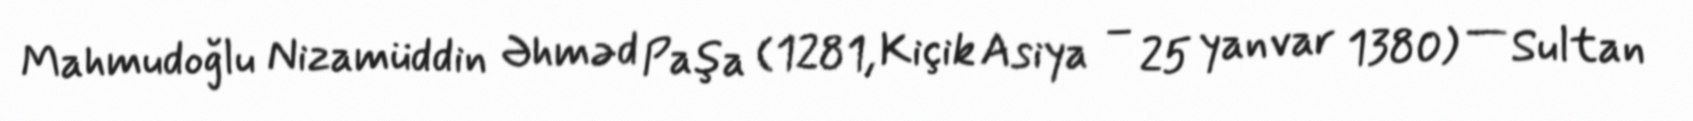
Mahmudoğlu Nizamüddin Əhməd Paşa (1281, Kiçik Asiya – 25 yanvar 1380) — Sultan